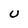
Character: U